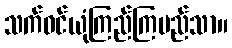
သက်ဝင်ယုံကြည်ကြမည်သာ။